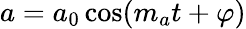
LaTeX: a=a_{0}\cos(m_{a}t+\varphi)